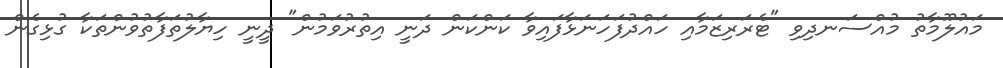
މައުލޫމާތު މުއްސަނދިވި "ޓެރަރިޒަމާއި ހައްދުފަހަނަޅާފައިވާ ކަންކަން ދަނީ އިތުރުވަމުން" ދީނީ ހިޔާލުތަފާތުވުންތަކާ ގުޅިގެން